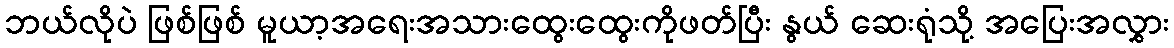
ဘယ်လိုပဲ ဖြစ်ဖြစ် မူယာ့အရေးအသားထွေးထွေးကိုဖတ်ပြီး နွယ် ဆေးရုံသို့ အပြေးအလွှား